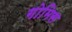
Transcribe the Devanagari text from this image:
गोमिस